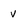
Character: v